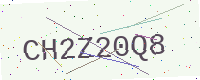
Text: CH2Z20Q8